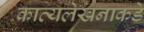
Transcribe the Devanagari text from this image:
काव्यलेखनाकडे